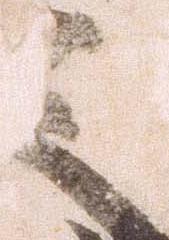
之